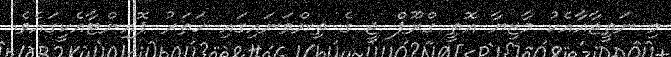
މި ނަތީޖާއާއެކު މާޒިޔާ އޮތީ ގްރޫޕް ޖީ ގެ ތިންވަނައިގައި ހަތަރު ޕޮއިންޓާއެކީގައެވެ.